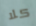
كلا